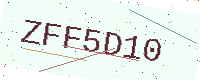
Text: ZFF5D10